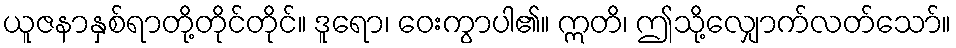
ယူဇနာနှစ်ရာတို့တိုင်တိုင်။ ဒူရော၊ ဝေးကွာပါ၏။ ဣတိ၊ ဤသို့လျှောက်လတ်သော်။